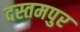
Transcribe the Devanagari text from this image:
दस्तमपुर